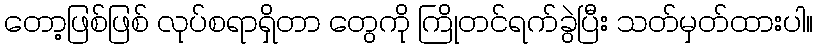
တော့ဖြစ်ဖြစ် လုပ်စရာရှိတာ တွေကို ကြိုတင်ရက်ခွဲပြီး သတ်မှတ်ထားပါ။